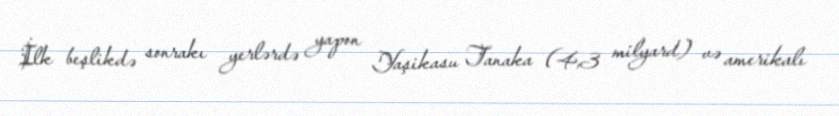
İlk beşlikdə sonrakı yerlərdə yapon Yaşikasu Tanaka (4,3 milyard) və amerikalı